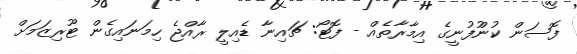
ފޮސަން ކުންުފުނީގެ އިމާރާތެއް - ފޮޓޯ: ޗައިނާ ޑެއިލީ ރާއްޖެ ހިމަނައިގެން ޓޫރިޒަމަށް